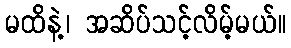
မထိနဲ့၊ အဆိပ်သင့်လိမ့်မယ်။